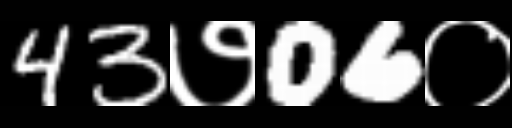
Text: 43७06०